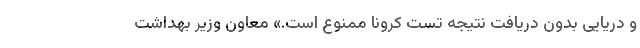
و دریایی بدون دریافت نتیجه تست کرونا ممنوع است.» معاون وزیر بهداشت